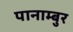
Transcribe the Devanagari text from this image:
पानाम्बुर